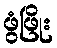
ဖွံဖြိုး